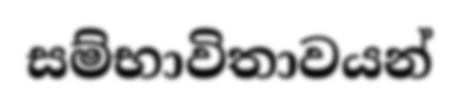
සම්භාවිතාවයන්